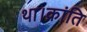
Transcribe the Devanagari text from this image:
था।क्रांति